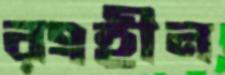
রংহীন